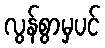
လွန်စွာမှပင်